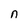
Character: n